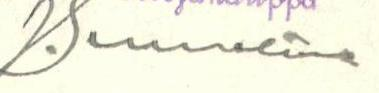
V.S.?